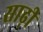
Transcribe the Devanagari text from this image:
साढ़ी